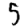
Digit: 5